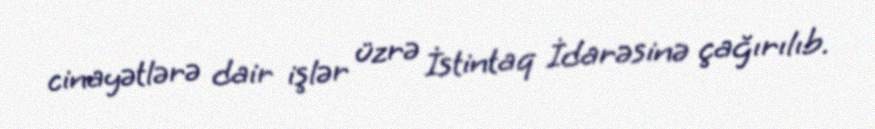
cinayətlərə dair işlər üzrə İstintaq İdarəsinə çağırılıb.